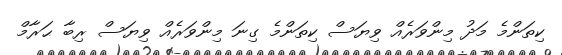
ކިތަންމެ މަދު މިންވަރެއް ވިޔަސް ކިތަންމެ ގިނަ މިންވަރެއް ވިޔަސް ރިބާ ޙަރާމް